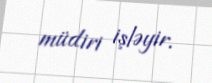
müdiri işləyir.